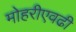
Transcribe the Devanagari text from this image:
मोहरीएवढी